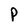
Character: P